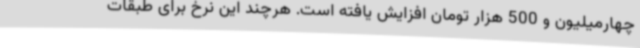
چهارمیلیون و 500 هزار تومان افزایش یافته است. هرچند این نرخ برای طبقات